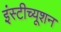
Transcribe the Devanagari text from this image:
इंस्‍टीच्‍यूशन